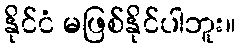
နိုင်ငံ မဖြစ်နိုင်ပါဘူး။